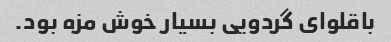
باقلوای گردویی بسیار خوش مزه بود.